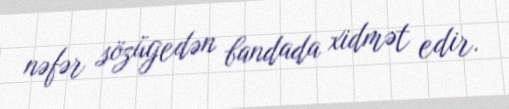
nəfər sözügedən bandada xidmət edir.